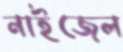
নাইজেল